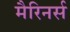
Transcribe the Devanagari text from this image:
मैरिनर्स